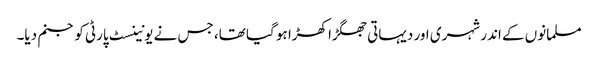
مسلمانوں کے اندر شہری اور دیہاتی جھگڑا کھڑا ہو گیا تھا، جس نے یونینسٹ پارٹی کو جنم دیا۔